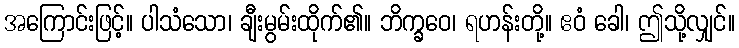
အကြောင်းဖြင့်။ ပါသံသော၊ ချီးမွမ်းထိုက်၏။ ဘိက္ခဝေ၊ ရဟန်းတို့။ ဧဝံ ခေါ၊ ဤသို့လျှင်။